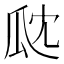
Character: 㼉